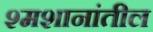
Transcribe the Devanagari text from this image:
श्मशानांतील